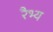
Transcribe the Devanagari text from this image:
रैभ्य